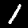
Digit: 1